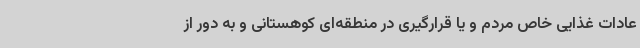
عادات غذایی خاص مردم و یا قرارگیری در منطقه‌ای کوهستانی و به دور از